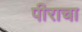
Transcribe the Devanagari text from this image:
पीराचा